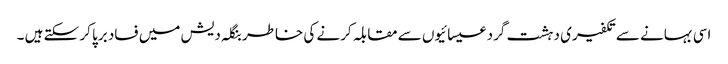
اسی بہانے سے تکفیری دہشت گرد عیسائیوں سے مقابلہ کرنے کی خاطر بنگلہ دیش میں فساد برپا کر سکتے ہیں ۔